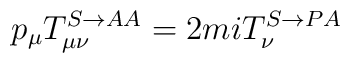
p_\mu T^{S\rightarrow AA}_{\mu \nu} =2miT^{S\rightarrow PA}_\nu